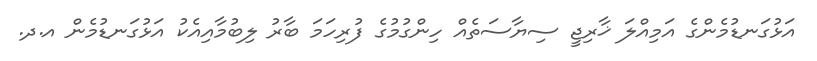
އަޅުގަނޑުމެންގެ އަމިއްލަ ޚާރިޖީ ސިޔާސަތެއް ހިންގުމުގެ ފުރިހަމަ ބާރު ލިބުމާއިއެކު އަޅުގަނޑުމެން އ.ދ.